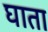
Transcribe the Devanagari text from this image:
घाता